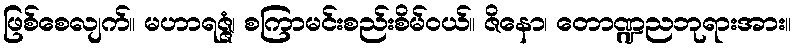
ဖြစ်စေလျက်။ မဟာရဇ္ဇံ၊ စကြာမင်းစည်းစိမ်ဝယ်။ ဇိနော၊ တောဏ္ဍညဘုရားအား။